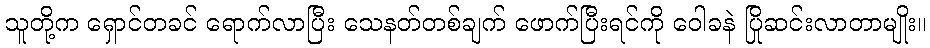
သူတို့က ရှောင်တခင် ရောက်လာပြီး သေနတ်တစ်ချက် ဖောက်ပြီးရင်ကို ဝေါခနဲ ပြိုဆင်းလာတာမျိုး။